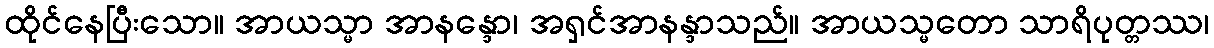
ထိုင်နေပြီးသော။ အာယသ္မာ အာနန္ဒော၊ အရှင်အာနန္ဒာသည်။ အာယသ္မတော သာရိပုတ္တဿ၊